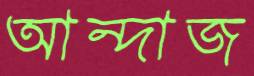
আন্দাজ